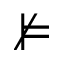
\nvDash